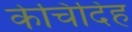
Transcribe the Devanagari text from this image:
केचिदिह